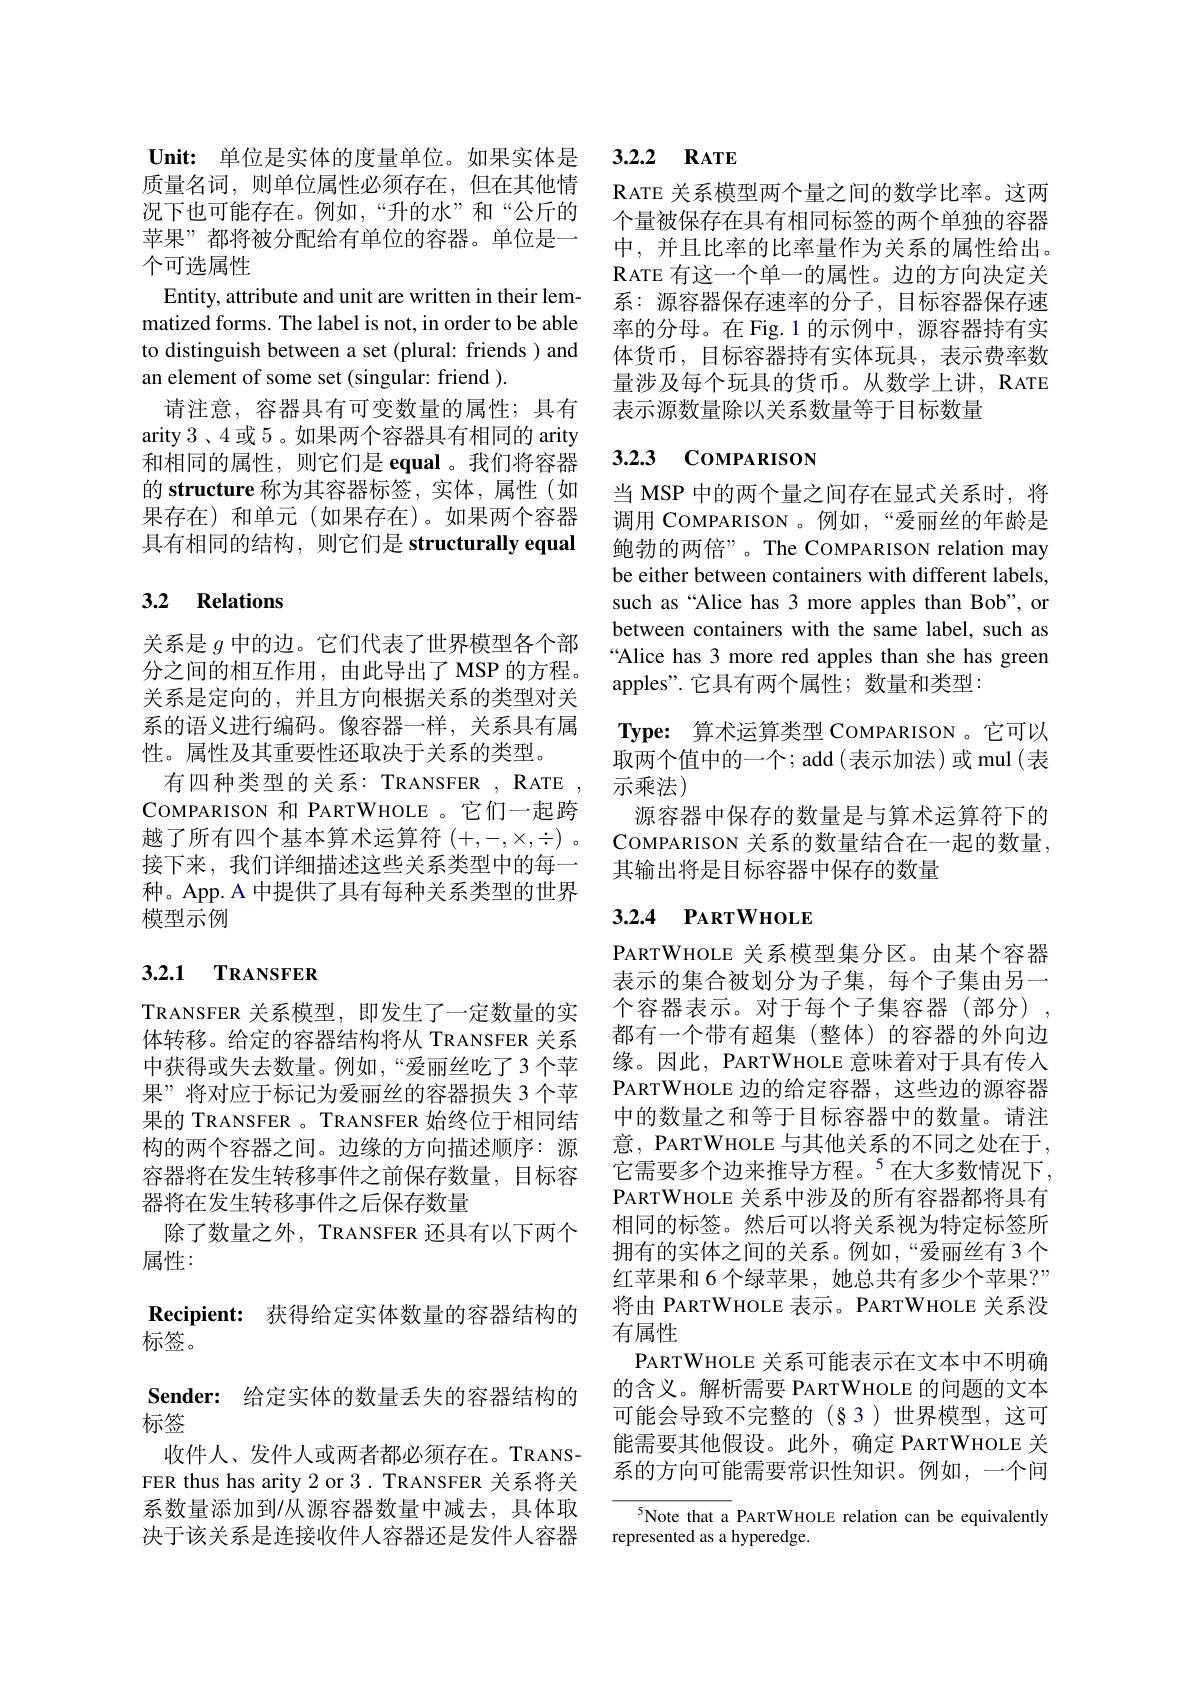
质量名词，则单位属性必须存在，但在其他情况下也可能存在。例如，“升的水”和“公斤的苹果”都将被分配给有单位的容器。单位是一个可选属性
Entity, attribute and unit are written in their lemmatized forms. The label is not, in order to be able to distinguish between a set (plural: friends ) and an element of some set (singular: friend ).
请注意，容器具有可变数量的属性；具有arity 3、4或 5。如果两个容器具有相同的 arity 和相同的属性，则它们是 equal 。我们将容器的 structure 称为其容器标签，实体，属性(如果存在)和单元(如果存在)。如果两个容器具有相同的结构，则它们是 structurally equal

## 3.2 Relations

关系是$g$中的边。它们代表了世界模型各个部分之间的相互作用，由此导出了MSP 的方程。关系是定向的，并且方向根据关系的类型对关系的语义进行编码。像容器一样，关系具有属性。属性及其重要性还取决于关系的类型。
COMPARISON 和 PARTWHOLE 。它们一起跨接下来，我们详细描述这些关系类型中的每一种。App. A 中提供了具有每种关系类型的世界模型示例

# 3.2.1 TRANSFER

TRANSFER 关系模型，即发生了一定数量的实果的 TRANSFER 。TRANSFER 始终位于相同结构的两个容器之间。边缘的方向描述顺序：源容器将在发生转移事件之前保存数量，目标容器将在发生转移事件之后保存数量
除了数量之外，TRANSFER 还具有以下两个
属性：
$\textbf{Recipient: 获 得 给 定 实 体 数 量 的 容 器 结 构 的 }$
标签。
$\textbf{Sender: 给 定 实 体 的 数 量 丢 失 的 容 器 结 构 的 }$
标签
收件人、发件人或两者都必须存在。TRANSFER thus has arity 2 or 3. TRANSFER 关系将关系数量添加到1从源容器数量中减去，具体取决于该关系是连接收件人容器还是发件人容器

## $\mathbf{Unit: }$ 单位是实体的度量单位。如果实体是 3.2.2 RATE

RATE 关系模型两个量之间的数学比率。这两个量被保存在具有相同标签的两个单独的容器中，并且比率的比率量作为关系的属性给出。RATE 有这一个单一的属性。边的方向决定关系：源容器保存速率的分子，目标容器保存速率的分母。在 Fig.1 的示例中，源容器持有实体货币，目标容器持有实体玩具，表示费率数量涉及每个玩具的货币。从数学上讲，RATE 表示源数量除以关系数量等于目标数量

## 3.2.3 CoMPARISON

当 MSP 中的两个量之间存在显式关系时，将调用 COMPARISON 。例如，“爱丽丝的年龄是鲍勃的两倍”。The COMPARISON relation may be either between containers with different labels, such as “Alice has 3 more apples than Bob", or between containers with the same label, such as “Alice has 3 more red apples than she has green apples".它具有两个属性；数量和类型：
$\textbf{Type: 算 术 运 算 类 型 COMPARISON 。它 可 以 }$ 取两个值中的一个；add (表示加法)或 mul (表
有四种类型的关系：TRANSFER , RATE , 示乘法)
源容器中保存的数量是与算术运算符下的
越了所有四个基本算术运算符$(+,-,\times,\div)$ 。COMPARISON 关系的数量结合在一起的数量，
其输出将是目标容器中保存的数量

## 3.2.4 РАRTWHOLE

PARTWHOLE关系模型集分区。由某个容器表示的集合被划分为子集，每个子集由另一个容器表示。对于每个子集容器(部分),
体转移。给定的容器结构将从 TRANSFER 关系 都有一个带有超集 (整体)的容器的外向边中获得或失去数量。例如，“爱丽丝吃了3个苹 缘。因此，PARTWHOLE 意味着对于具有传人果”将对应于标记为爱丽丝的容器损失 3个苹 PARTWHOLE 边的给定容器，这些边的源容器
中的数量之和等于目标容器中的数量。请注意，PARTWHOLE 与其他关系的不同之处在于， 它需要多个边来推导方程。$^{5}$在大多数情况下， PARTWHOLE关系中涉及的所有容器都将具有相同的标签。然后可以将关系视为特定标签所拥有的实体之间的关系。例如，“爱丽丝有 3个红苹果和 6 个绿苹果，她总共有多少个苹果？” 将由 PARTWHOLE 表示。PARTWHOLE 关系没有属性
PARTWHOLE 关系可能表示在文本中不明确的含义。解析需要 PARTWHOLE 的问题的文本可能会导致不完整的(§3)世界模型，这可能需要其他假设。此外，确定 PARTWHOLE 关系的方向可能需要常识性知识。例如，一个问

$^{5}$Note that a PARTWHOLE relation can be equivalently
represented as a hyperedge.